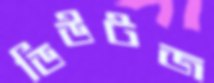
ডিউটজ